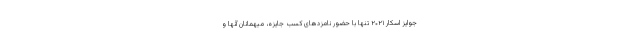
جوایز اسکار ۲۰۲۱ تنها با حضور نامزدهای کسب جایزه، میهمانان آنها و